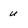
Character: u